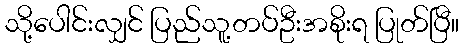
သို့ပေါင်းလျှင် ပြည်သူ့တပ်ဦးအစိုးရ ပြုတ်ပြီ။